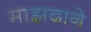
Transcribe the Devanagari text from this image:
माझदाने